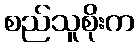
စည်သူစိုးက